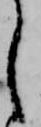
し